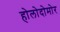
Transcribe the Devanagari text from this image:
होलोदोमोर